Indian journal of veterinary science and animal husbandry - Volume 14,
Year: 1944
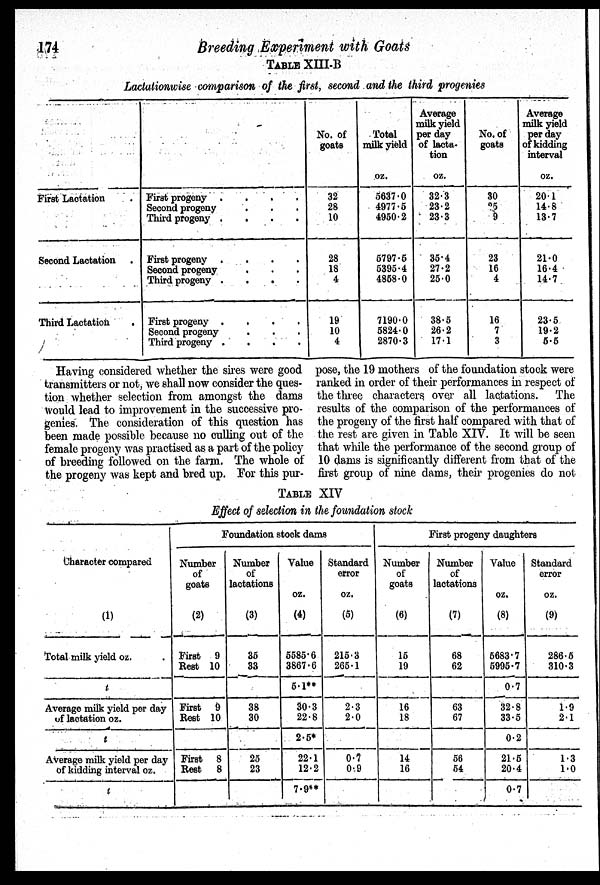
174
Breeding Experiment with Goats
TABLE XIII-B
Lactationwise comparison of the first, second and the third progenies
First Laotation .
Second Lactation .
Third Lactation .
First progeny .
.
.
.
Second progeny . . .
Third progeny .
.
.
.
First progeny .
.
.
.
Second progeny . . .
Third progeny .
.
.
.
First progeny .
.
.
.
Second progeny . . .
Third progeny . . .
No. of
goats
32
28
10
28
18
4
19
10
4
Total
milk yield
oz.
5637.0
4977.5
4950.2
5797.5
5395.4
4858.0
7190.0
5824.0
2870.3
Average
milk yield
per day
of lacta-
tion
oz.
32.3
23.2
23.3
35.4
27.2
25.0
38.5
26.2
17.1
No. of
goats
30
25 9
23
16
4
16
7
3
Average
milk yield
per day
of kidding
interval
oz.
20.1
14.8
13.7
21.0
16.4
14.7
23.5
19.2
5.5
Having considered whether the sires were good
transmitters or not, we shall now consider the ques-
tion whether selection from amongst the dams
would lead to improvement in the successive pro-
genies. The consideration of this question has
been made possible because no culling out of the
female progeny was practised as a part of the policy
of breeding followed on the farm. The whole of
the progeny was kept and bred up. For this pur-
pose, the 19 mothers of the foundation stock were
ranked in order of their performances in respect of
the three characters over all lactations. The
results of the comparison of the performances of
the progeny of the first half compared with that of
the rest are given in Table XIV. It will be seen
that while the performance of the second group of
10 dams is significantly different from that of the
first group of nine dams, their progenies do not
TABLE XIV
Effect of selection in the foundation stock
Character compared
(1)
Total milk yield oz. .
t
Average milk yield per day
of lactation oz.
t
Average milk yield per day
of kidding interval oz.
t
Foundation stock dams
Number
of
goats
(2)
First 9
Rest 10
First 9
Rest 10
First 8
Rest
8
Number
of
lactations
(3)
35
33
38
30
25
23
Value
oz.
(4)
5585.6
3867.6
5.1**
30.3
22.8
2.5*
22.1
12.2
7.9**
Standard
error
oz.
(5)
215.3
265.1
2.3
2.0
0.7
0.9
First progeny daughters
Number
of
goats
(6)
15
19
16
18
14
16
Number
of
lactations
(7)
68
62
63
67
56
54
Value
oz.
(8)
5683.7
5995.7
0.7
32.8
33.5
0.2
21.5
20.4
0.7
Standard
error
oz.
(9)
286.5
310.3
1.9
2.1
1.3
1.0